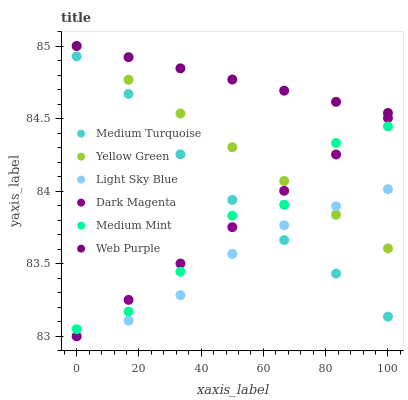
| xaxis_label | Medium Turquoise | Yellow Green | Light Sky Blue | Dark Magenta | Medium Mint | Web Purple |
 | --- | --- | --- | --- | --- | --- | --- |
 | 0 | 84.9 | 85 | 83 | 83 | 83 | 85 |
 | 16.7 | 84.7 | 84.8 | 83.1 | 83.3 | 83.2 | 84.9 |
 | 33.3 | 84.3 | 84.5 | 83.3 | 83.5 | 83.4 | 84.8 |
 | 50 | 83.9 | 84.3 | 83.6 | 83.8 | 83.8 | 84.8 |
 | 66.7 | 83.7 | 84.1 | 83.8 | 84 | 83.9 | 84.7 |
 | 83.3 | 83.4 | 83.8 | 83.9 | 84.3 | 84.3 | 84.6 |
 | 100 | 83.1 | 83.6 | 84 | 84.5 | 84.4 | 84.5 |